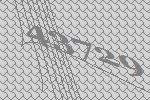
43729